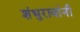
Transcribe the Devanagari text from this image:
शंभुरावांनी